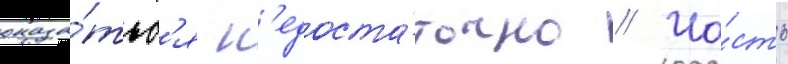
оказа́тьс'я н'едоста́точно // Ча́сть